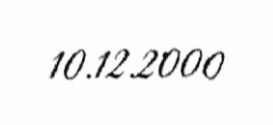
10.12.2000